Reports on dispensaries and lunatic asylums in the Province of Oudh - 1869-1876
Year: 1869
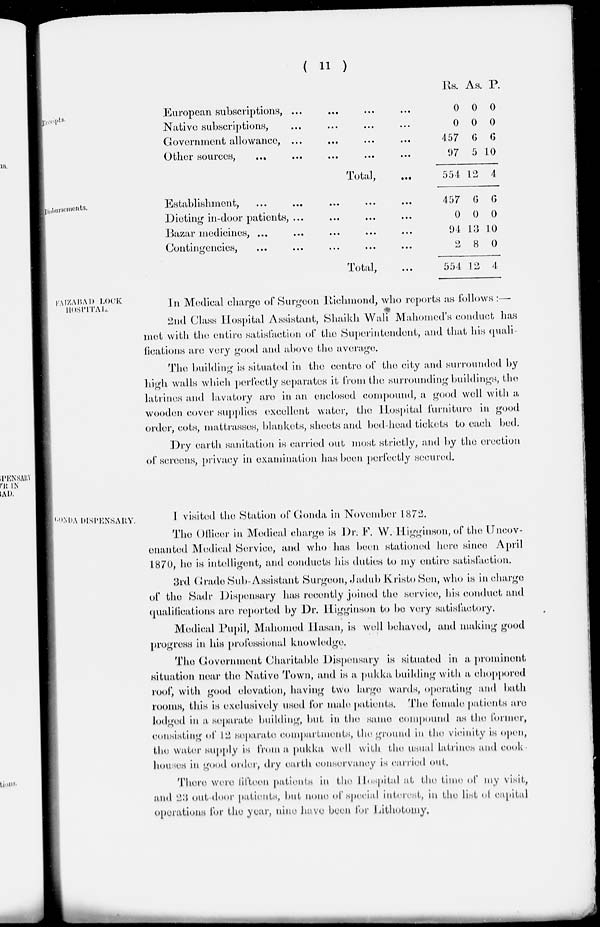
( 11 )
Receipts.
European subscriptions, ... ... ... ...
Native subscriptions, ... ... ... ...
Government allowance, ... ... ... ...
Other sources,
... ... ... ... ...
Total,
...
Rs.
0
0
457
97
554
As.
0
0
6
5
12
P.
0
0
6
10
4
Disbursements.
Establishment, ... ... ... ... ...
Dieting in-door patients, ... ... ... ...
Bazar medicines, ... ... ... ... ...
Contingencies, ... ... ... ... ...
Total, ...
457
0
94
2
554
6
0
13
8
12
6
0
10
0
4
FAIZABAD LOCK
HOSPITAL.
In Medical charge of Surgeon Richmond, who reports as follows:—
2nd Class Hospital Assistant, Shaikh Wali Mahomed's conduct has
met with the entire satisfaction of the Superintendent, and that his quali-
fications are very good and above the average.
The building is situated in the centre of the city and surrounded by
high walls which perfectly separates it from the surrounding buildings, the
latrines and lavatory are in an enclosed compound, a good well with a
wooden cover supplies excellent water, the Hospital furniture in good
order, cots, mattrasses, blankets, sheets and bed-head tickets to each bed.
Dry earth sanitation is carried out most strictly, and by the erection
of screens, privacy in examination has been perfectly secured.
GONDA DISPENSARY.
I visited the Station of Gonda in November 1872.
The Officer in Medical charge is Dr. F. W. Higginson, of the Uncov-
enanted Medical Service, and who has been, stationed here since April
1870, he is intelligent, and conducts his duties to my entire satisfaction.
3rd Grade Sub-Assistant Surgeon, Jadub Kristo Sen, who is in charge
of the Sadr Dispensary has recently joined the service, his conduct and
qualifications are reported by Dr. Higginson to be very satisfactory.
Medical Pupil, Mahomed Hasan, is well behaved, and making good
progress in his professional knowledge.
The Government Charitable Dispensary is situated in a prominent
situation near the Native Town, and is a pukka building with a choppored
roof, with good elevation, having two large wards, operating and bath
rooms, this is exclusively used for male patients. The female patients are
lodged in a separate building, but in the same compound as the former,
consisting of 12 separate compartments, the ground in the vicinity is open,
the water supply is from a pukka well with the usual latrines and cook
houses in good order, dry earth conservancy is carried out.
There were fifteen patients in the Hospital at the time of my visit,
and 23 out-door patients, but none of special interest, in the list of capital
operations for the year, nine have been for Lithotomy.